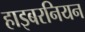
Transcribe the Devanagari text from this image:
हाइबरनियन